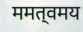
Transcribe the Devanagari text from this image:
ममत्वमय